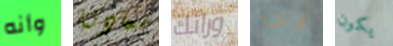
وأنه سعادتنا ورائك في يكون